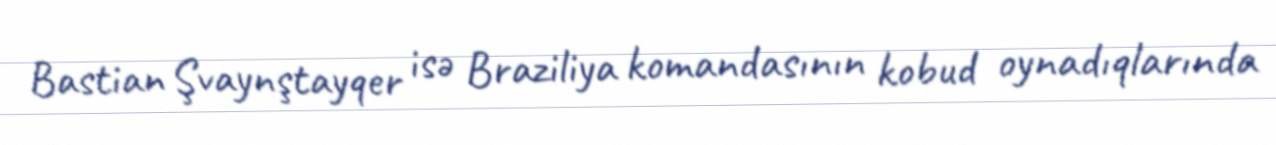
Bastian Şvaynştayqer isə Braziliya komandasının kobud oynadıqlarında